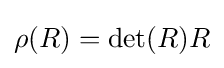
\rho (R)=\det(R)R